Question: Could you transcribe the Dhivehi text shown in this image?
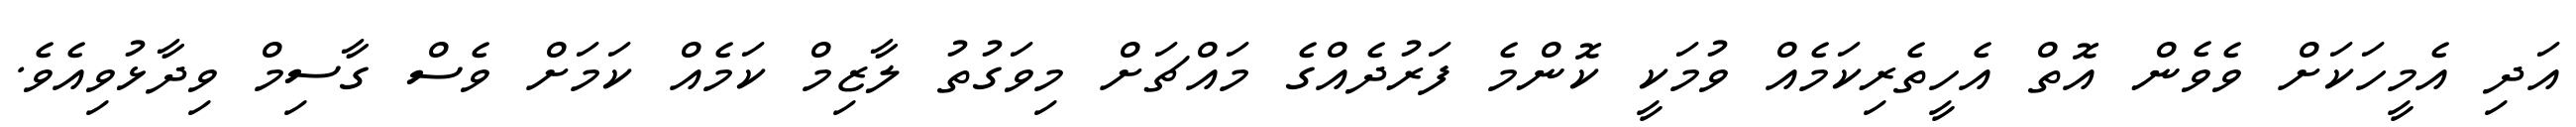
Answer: އަދި އެމީހަކަށް ވެވެން އޮތް އެހީތެރިކަމެއް ވުމަކީ ކޮންމެ ފަރުދެއްގެ މައްޗަށް މިވަގުތު ލާޒިމް ކަމެއް ކަމަށް ވެސް ގާސިމް ވިދާޅުވިއެވެ.